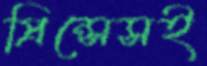
প্রিন্সেসই